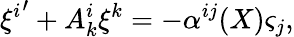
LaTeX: {\xi^{i}}^{\prime}+A_{k}^{i}\xi^{k}=-\alpha^{ij}(X)\varsigma_{j},